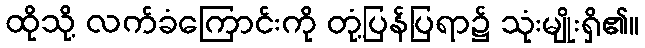
ထိုသို့ လက်ခံကြောင်းကို တုံ့ပြန်ပြရာ၌ သုံးမျိုးရှိ၏။